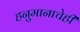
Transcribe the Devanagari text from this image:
हनुमानाचेही